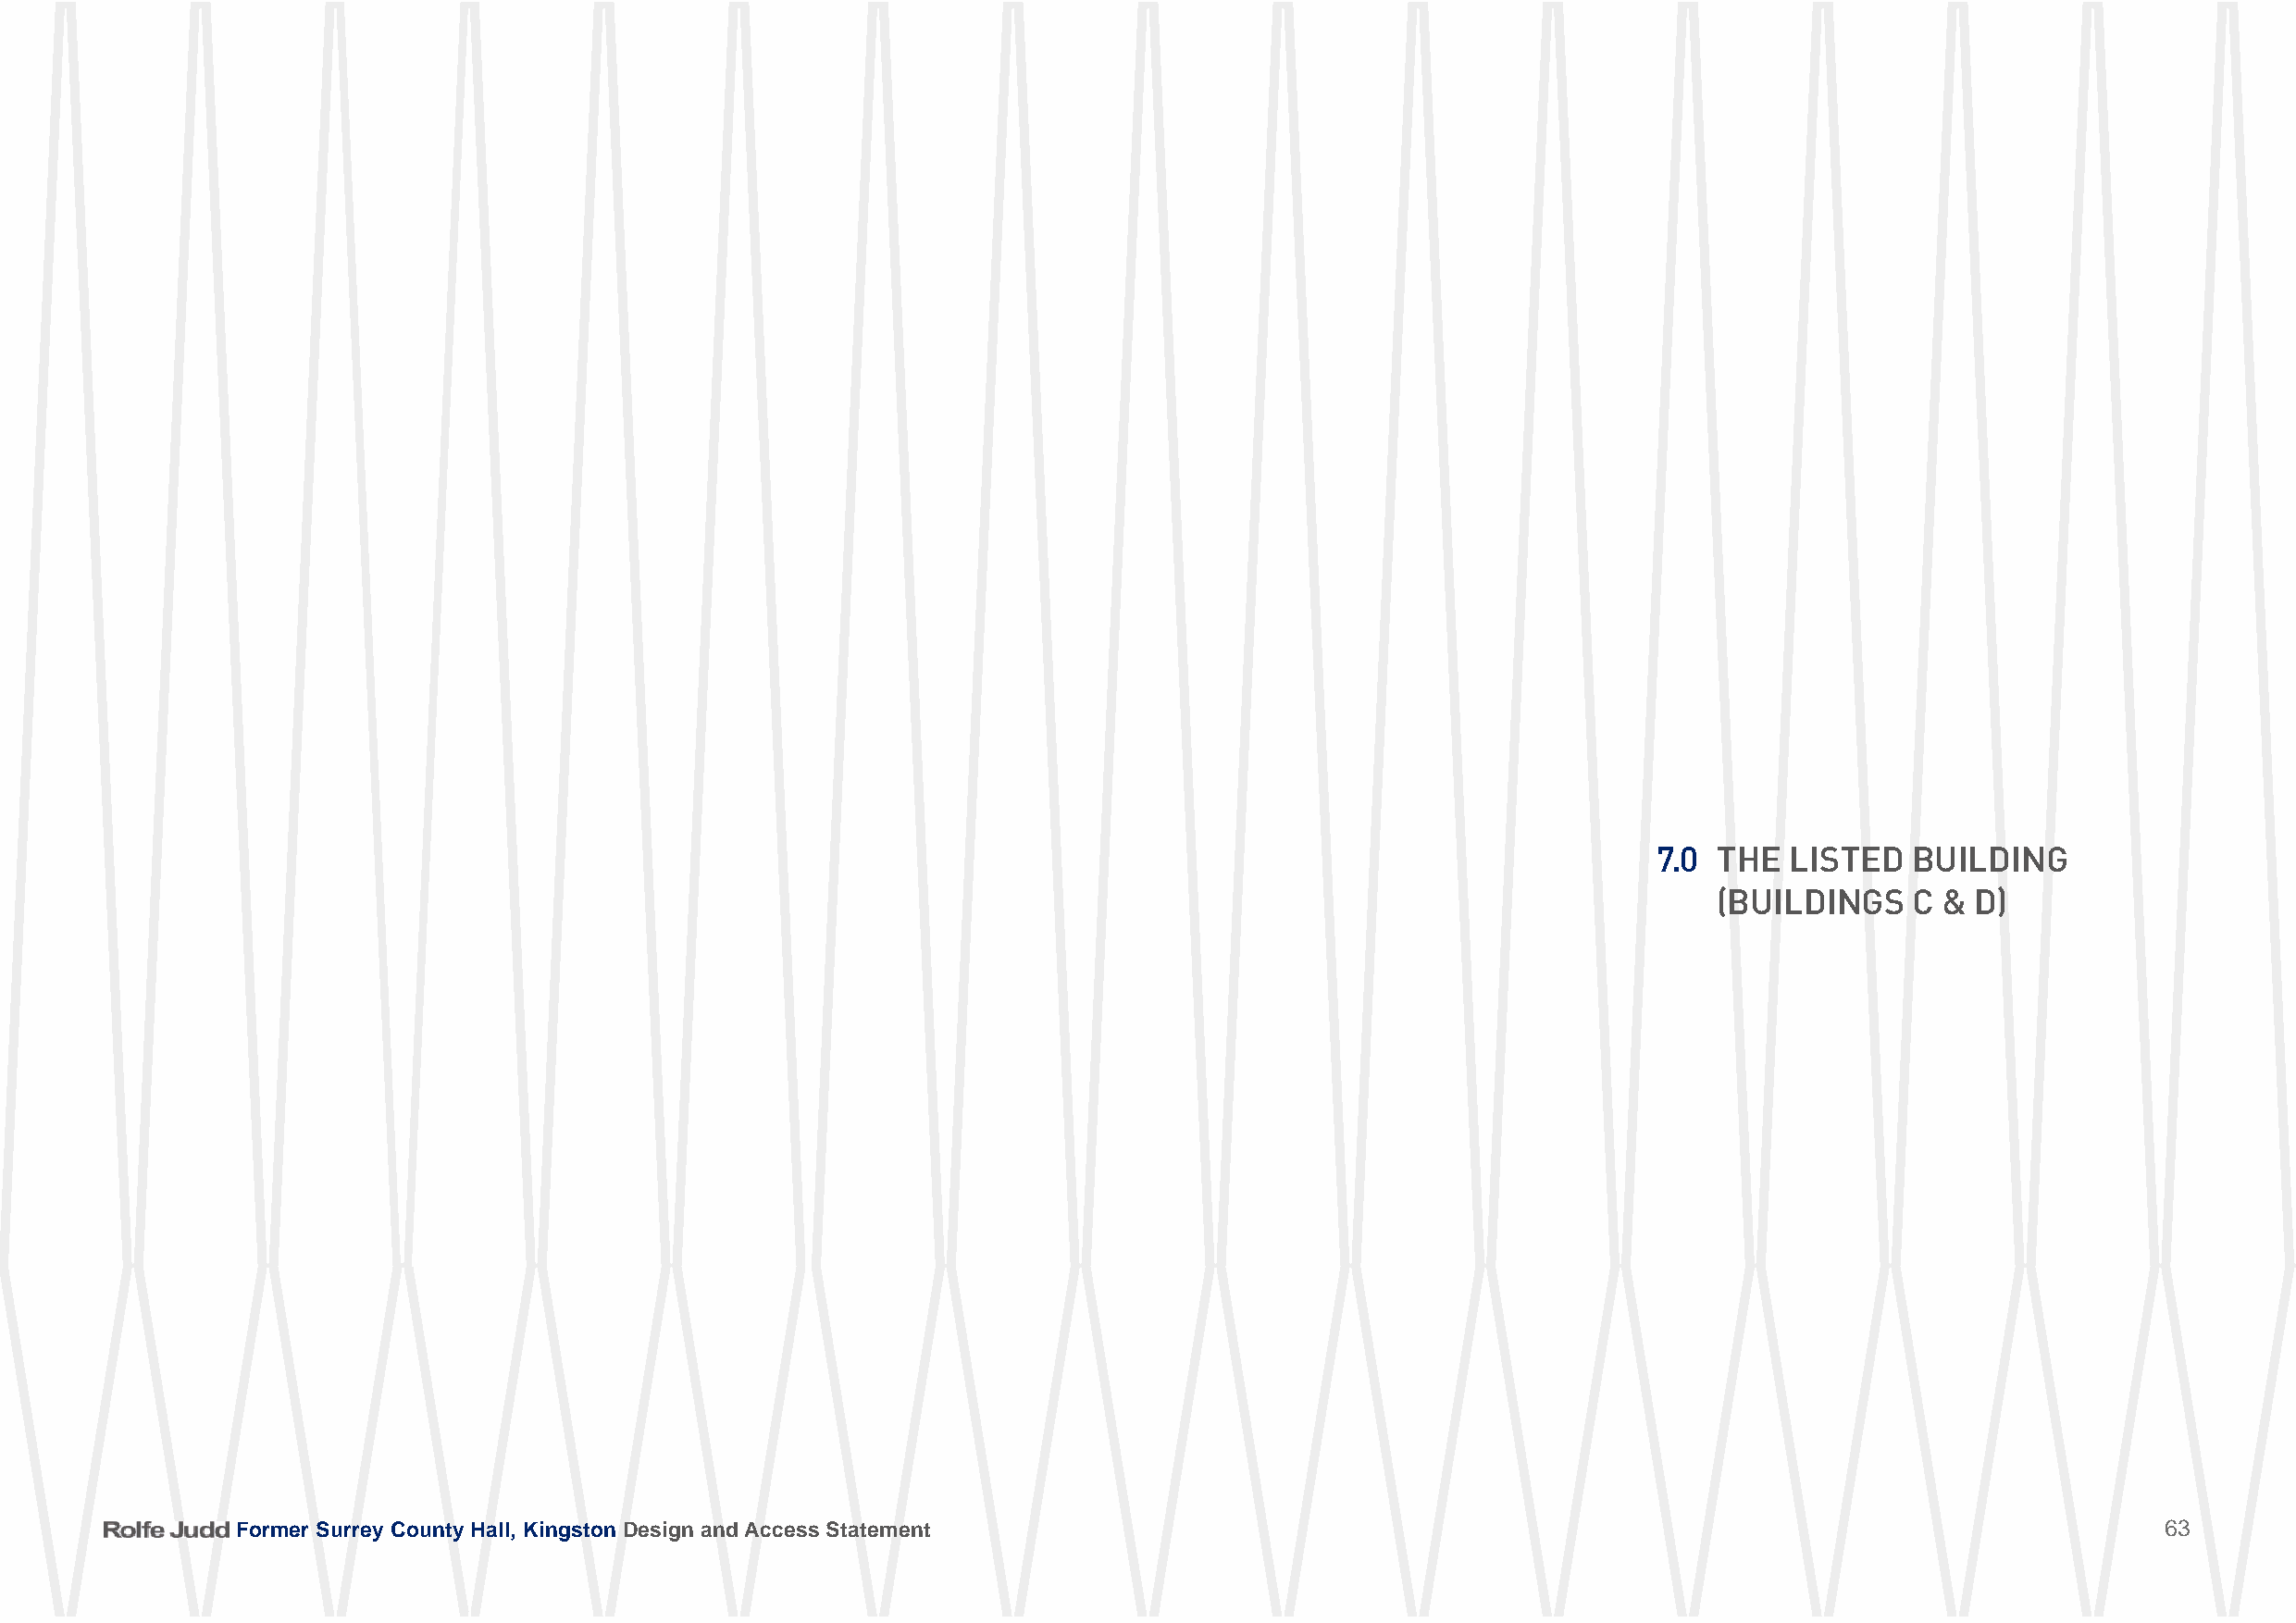
7.0 tHe  liSteD   BuilDing
 (BuilDingS    C & D)
 FFoorrmmeerr SSuurrrreeyy CCoouunnttyy HHaallll,, KKiinnggssttoonn DDeessiiggnn aanndd AAcccceessss SSttaatteemmeenntt                    63